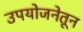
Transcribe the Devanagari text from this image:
उपयोजनेतून